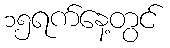
၁၅ရက်နေ့တွင်